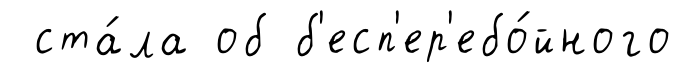
ста́ла об б'есп'ер'ебо́йного